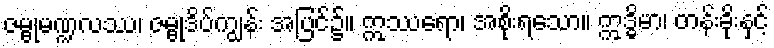
ဇမ္ဗုမဏ္ဍလဿ၊ ဇမ္ဗုဒိပ်ကျွန်း အပြင်၌။ ဣဿရော၊ အစိုးရသော။ ဣဒ္ဓိမာ၊ တန်းခိုးနှင့်